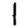
Digit: 1